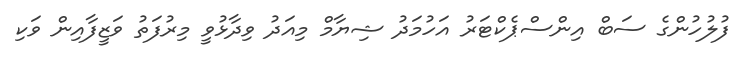
ފުލުހުންގެ ސަބް އިންސްޕެކްޓަރު އަހުމަދު ޝިޔާމް މިއަދު ވިދާޅުވީ މިރުފަތު ވަޒީފާއިން ވަކި